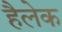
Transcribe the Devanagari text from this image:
हैलेक